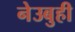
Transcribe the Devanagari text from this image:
नेउबुही